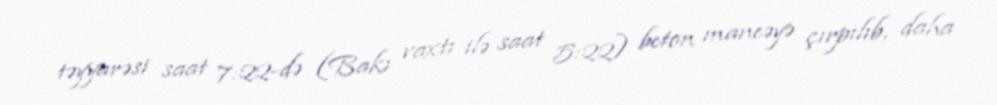
təyyarəsi saat 7:22-də (Bakı vaxtı ilə saat 5:22) beton maneəyə çırpılıb, daha